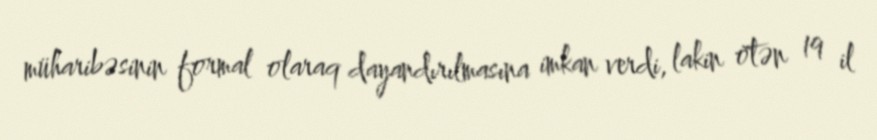
müharibəsinin formal olaraq dayandırılmasına imkan verdi, lakin ötən 19 il